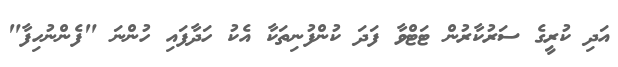
އަދި ކުރީގެ ސަރުކާރުން ޓަޓްވާ ފަދަ ކުންފުނިތަކާ އެކު ހަދާފައި ހުންނަ "ފެންނުހިފާ"